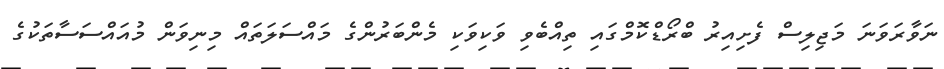
ނަވާރަވަނަ މަޖިލިސް ފެށިއިރު ބްރޯޑްކޮމްގައި ތިއްބެވި ވަކިވަކި މެންބަރުންގެ މައްސަލަތައް މިނިވަން މުއައްސަސާތަކުގެ